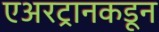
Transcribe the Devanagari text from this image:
एअरट्रानकडून